system: You are a helpful assistant.
user:
Analyze the provided spectrum to determine if it is a **"Cataclysmic Variables (CV)"**.

- **Key Indicators for CV (Check for either state):**
    - **State 1: Quiescent / Low-State (Emission-Dominated)**
        - **(Primary):** Strong and *very broad* Hydrogen Balmer emission lines (e.g., $H\alpha$ at 6563 Å, $H\beta$ at 4861 Å). The 'broadness' (high velocity dispersion, often FWHM > 1000 km/s) is the key diagnostic, indicating a high-velocity accretion disk.
        - **(Secondary):** Broad neutral Helium (He I) emission lines (e.g., 5876 Å, 6678 Å).
        - **(Key Confirmation):** Presence of high-excitation *ionized* Helium (He II) emission at 4686 Å. This is a strong indicator of accretion onto a white dwarf.
        - **(Line Profile):** Emission lines may exhibit a 'double-peaked' profile, which is a classic signature of a rotating accretion disk viewed at high inclination.

    - **State 2: Outburst / High-State (Absorption-Dominated)**
        - **(Primary):** Spectrum is dominated by a bright, blue continuum (looks like a hot star).
        - **(Secondary):** The emission lines from State 1 are weak, absent, or 'filled in', and are replaced by broad, shallow *absorption* lines (primarily Balmer and He I).
        - **(Morphology):** The overall spectrum mimics a hot B/A-type star. The crucial difference is that the absorption lines are significantly broader, shallower, and more 'washed-out' (or 'smeared') than the sharp lines of a normal stellar photosphere, due to high rotational speeds and pressure broadening in the disk.

Think first, call **spectral_visualization_tool** if needed to examine features in detail, then provide your final answer. Your response must adhere to the following strict rules:
1.  **Overall Structure:** Your response must follow the format `<think>...</think> <tool_call>...</tool_call> (if a tool is used) <answer>...</answer>`.
2.  **Tool Usage Constraint:** You may only make **one** tool call per turn.
3.  **Final Answer Format:** In the `<answer>` tag, your conclusion must be inside a `\boxed{}` command (e.g., `\boxed{YES}`), followed by your justification.

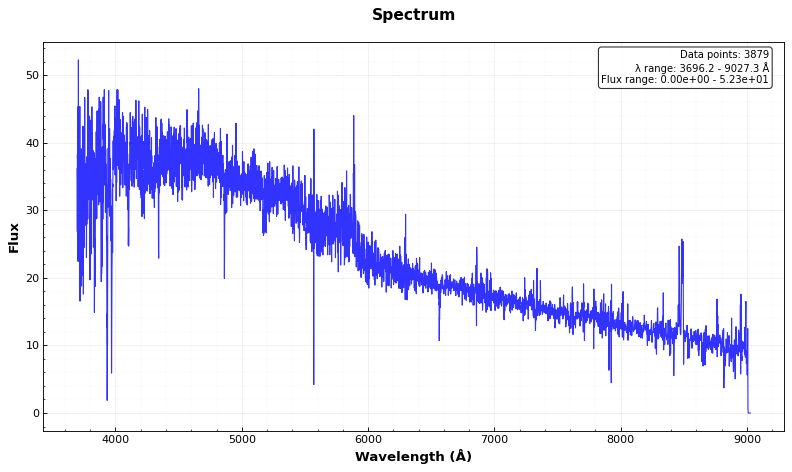
Answer: NO